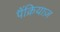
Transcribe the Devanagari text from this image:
पैंक्रियाज़